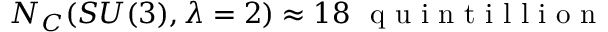
N _ { C } ( S U ( 3 ) , \lambda = 2 ) \approx 1 8 \ \textrm { q u i n t i l l i o n }